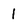
Character: 1